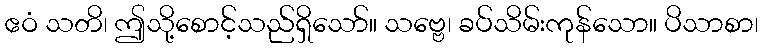
ဧဝံ သတိ၊ ဤသို့စောင့်သည်ရှိသော်။ သဗ္ဗေ၊ ခပ်သိမ်းကုန်သော။ ပိသာစာ၊